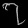
Digit: ၇